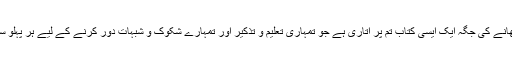
یہ اللہ تعالیٰ کا عظیم احسان ہے کہ اس نے تمہیں عذاب کی نشانی دکھانے کی جگہ ایک ایسی کتاب تم پر اتاری ہے جو تمہاری تعلیم و تذکیر اور تمہارے شکوک و شبہات دور کرنے کے لیے ہر پہلو سے جامع و کامل اور تمام ضروری اوصاف و محاسن سے آراستہ ہے۔